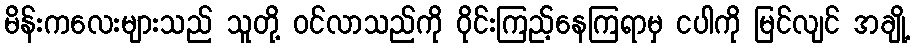
မိန်းကလေးများသည် သူတို့ ဝင်လာသည်ကို ဝိုင်းကြည့်နေကြရာမှ ငပါကို မြင်လျင် အချို့